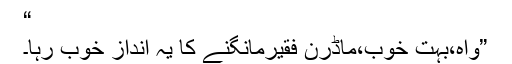
“
”واہ،بہت خوب،ماڈرن فقیرمانگنے کا یہ انداز خوب رہا۔